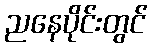
ညနေပိုင်းတွင်